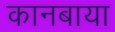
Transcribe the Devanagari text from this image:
कानबाया